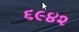
૬૯૪૨